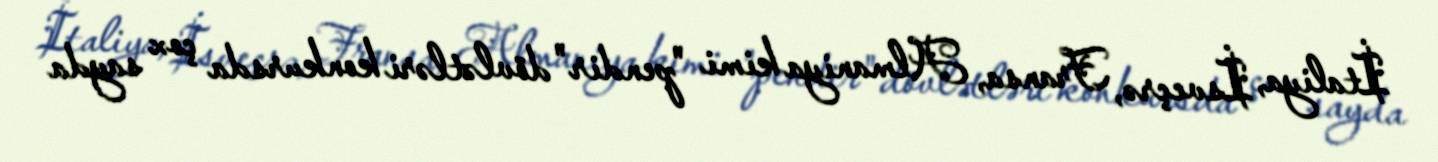
İtaliya, İsveçrə, Fransa, Almaniya kimi "pendir" dövlətləri konkursda çox sayda